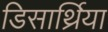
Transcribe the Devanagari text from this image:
डिसार्थ्रिया